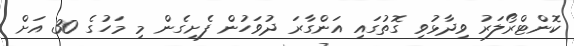
ކޮންޓްރޯލަރު ވިދާޅުވި ގޮތުގައި އަންގާރަ ދުވަހުން ފެށިގެން މި މަހުގެ 30 އަށް